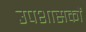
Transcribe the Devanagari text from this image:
उपशासकों